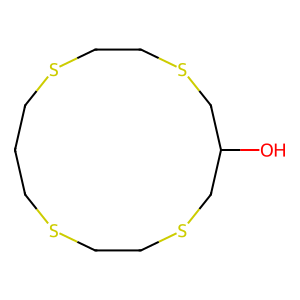
SMILES: OC1CSCCSCCCSCCSC1
Inhibits HIV replication: No